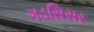
ગડસિસર